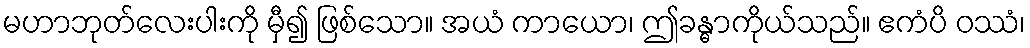
မဟာဘုတ်လေးပါးကို မှီ၍ ဖြစ်သော။ အယံ ကာယော၊ ဤခန္ဓာကိုယ်သည်။ ဧကံပိ ဝဿံ၊